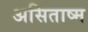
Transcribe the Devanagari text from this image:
असिताष्म